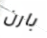
بارن